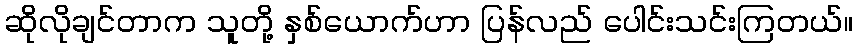
ဆိုလိုချင်တာက သူတို့ နှစ်ယောက်ဟာ ပြန်လည် ပေါင်းသင်းကြတယ်။